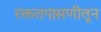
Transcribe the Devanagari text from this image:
रक्ततपासणीतून